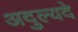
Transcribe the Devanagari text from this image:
अदुल्यदे